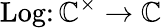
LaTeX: \operatorname{Log}\colon\mathbb{C}^{\times}\to\mathbb{C}